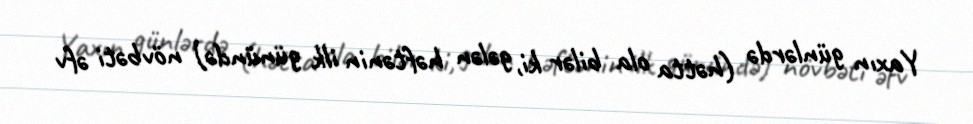
Yaxın günlərdə (hətta ola bilər ki, gələn həftənin ilk günündə) növbəti əfv